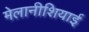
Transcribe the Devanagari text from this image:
मेलानीशियाई